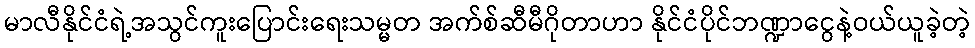
မာလီနိုင်ငံရဲ့အသွင်ကူးပြောင်းရေးသမ္မတ အက်စ်ဆီမီဂိုတာဟာ နိုင်ငံပိုင်ဘဏ္ဍာငွေနဲ့ဝယ်ယူခဲ့တဲ့